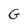
Character: G